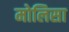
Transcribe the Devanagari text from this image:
मोलिसा